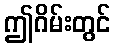
ဤဂိမ်းတွင်